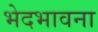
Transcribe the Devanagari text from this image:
भेदभावना